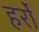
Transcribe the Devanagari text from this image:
हर्रो